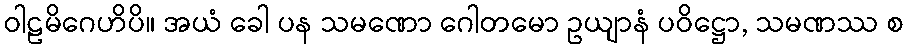
ဝါဠမိဂေဟိပိ။ အယံ ခေါ ပန သမဏော ဂေါတမော ဥယျာနံ ပဝိဋ္ဌော, သမဏဿ စ